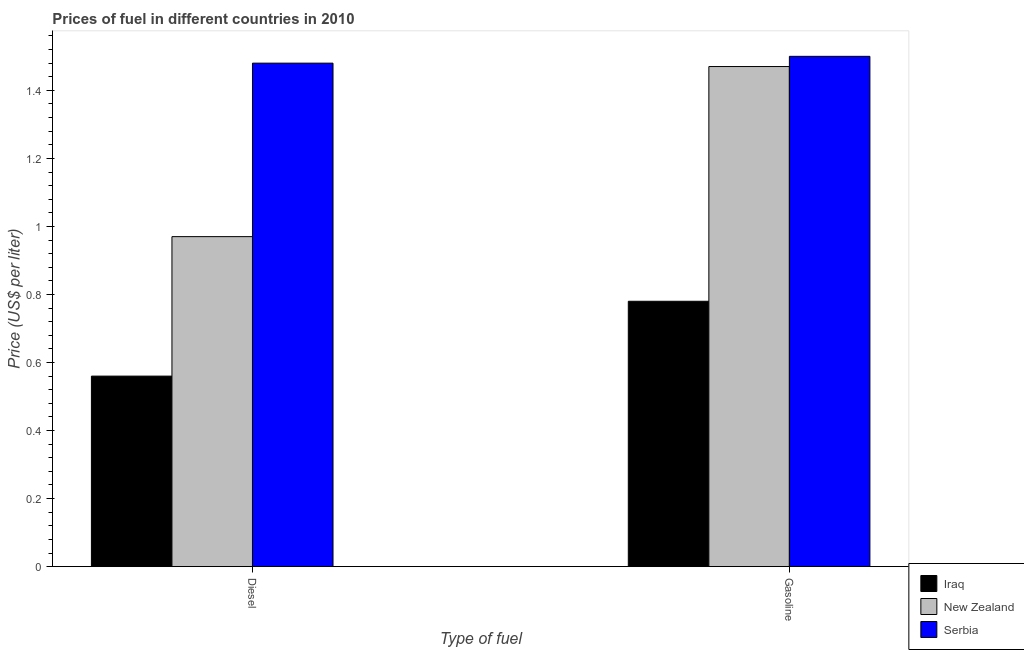
| Type of fuel | Iraq | New Zealand | Serbia |
 | --- | --- | --- | --- |
 | Diesel | 0.56 | 0.97 | 1.48 |
 | Gasoline | 0.78 | 1.47 | 1.5 |